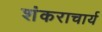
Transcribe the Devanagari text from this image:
शंकराचार्य